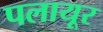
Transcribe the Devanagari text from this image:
पलायूर